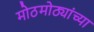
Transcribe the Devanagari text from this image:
मोठमोठ्यांच्या